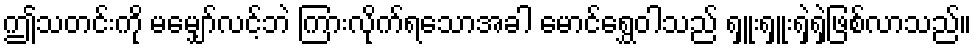
ဤသတင်းကို မမျှော်လင့်ဘဲ ကြားလိုက်ရသောအခါ မောင်ရွှေဝါသည် ရှူးရှူးရှဲရှဲဖြစ်လာသည်။